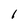
Character: I